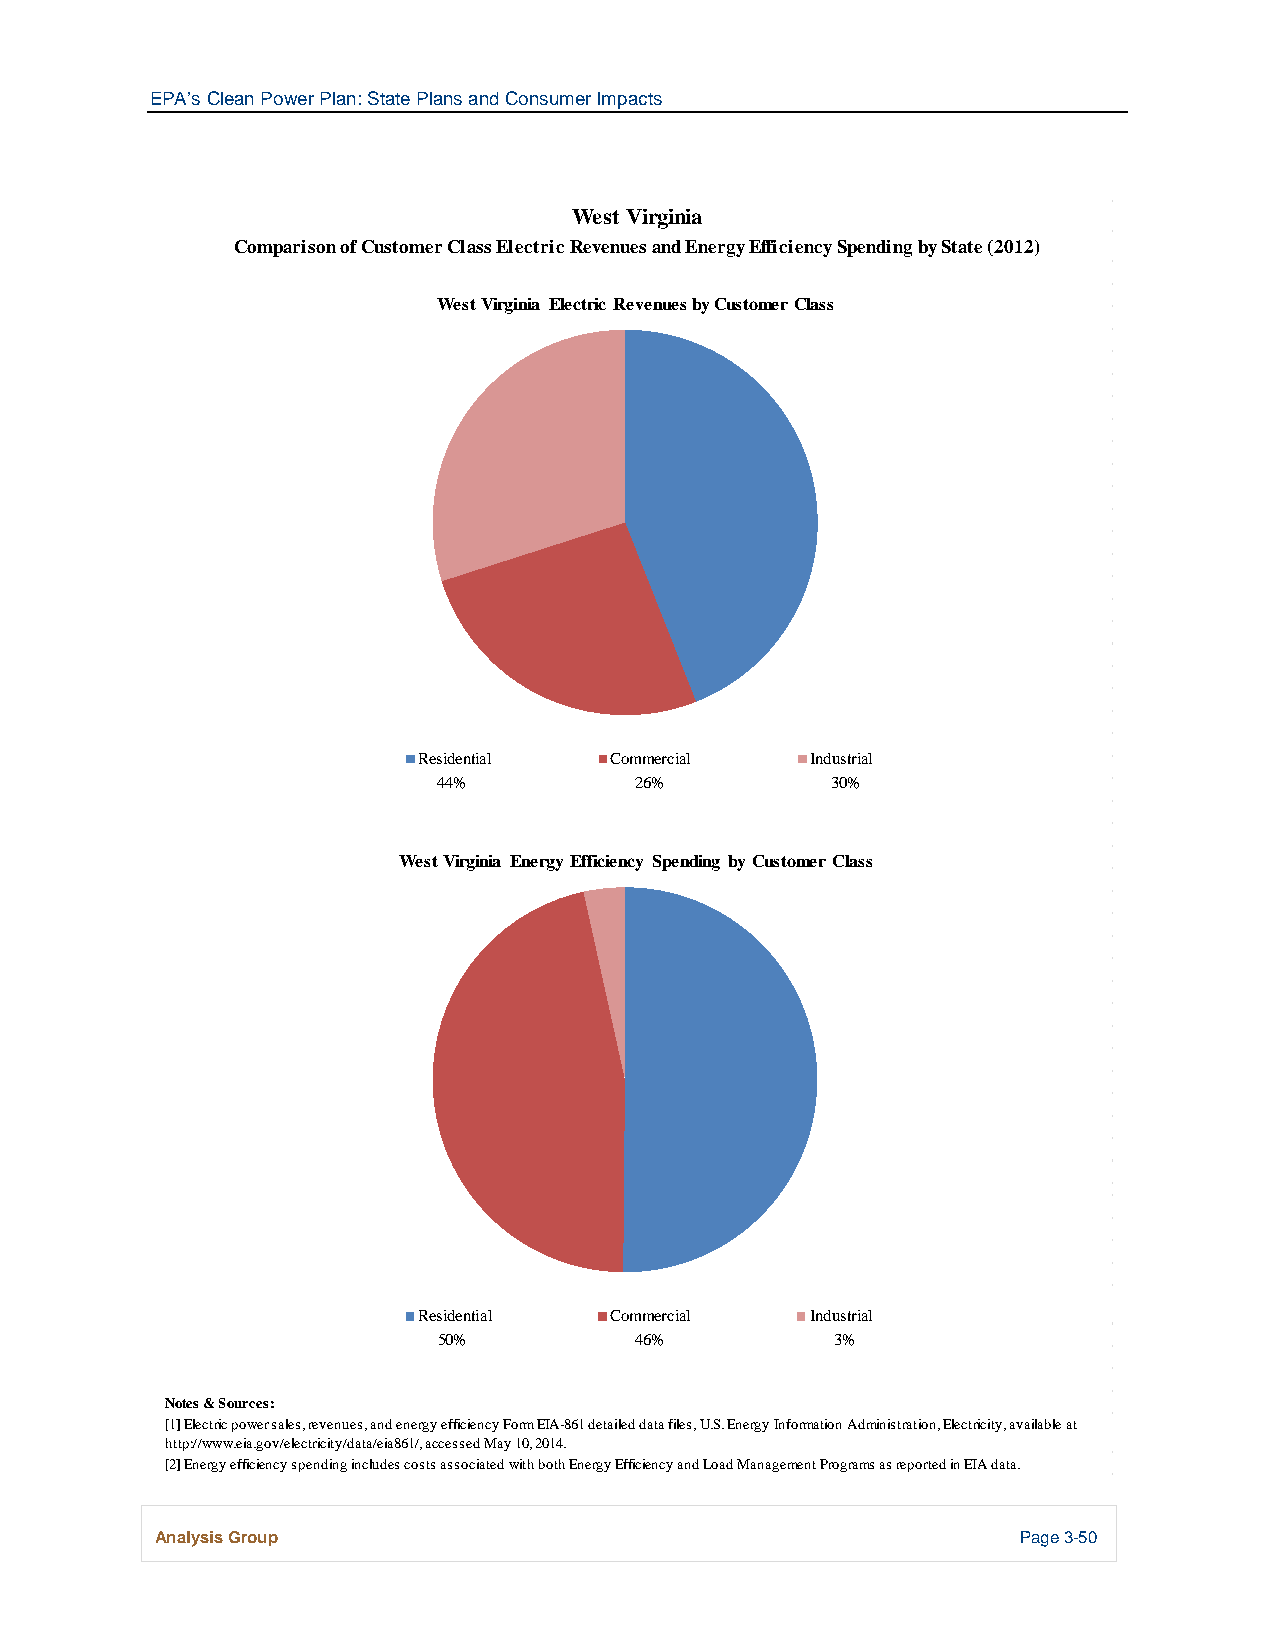
EPA’s Clean Power Plan: State Plans and Consumer Impacts
 West Virginia
 Comparison of Customer Class Electric Revenues and Energy Efficiency Spending by State (2012)
 West Virginia Electric Revenues by Customer Class
 Residential Commercial    Industrial
 44%          26%          30%
 West Virginia Energy Efficiency Spending by Customer Class
 Residential Commercial    Industrial
 50%          46%          3%
 Notes & Sources:
 [1] Electric power sales, revenues, and energy efficiency Form EIA-861 detailed data files, U.S. Energy Information Administration, Electricity, available at
 http://www.eia.gov/electricity/data/eia861/, accessed May 10, 2014.
 [2] Energy efficiency spending includes costs associated with both Energy Efficiency and Load Management Programs as reported in EIA data.
 Analysis Group                                            Page 3-50